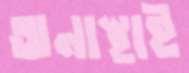
অনাস্থাই